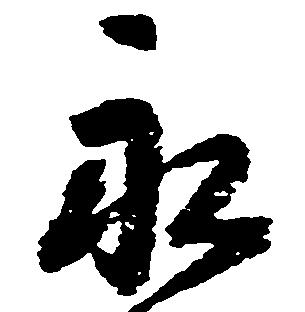
永